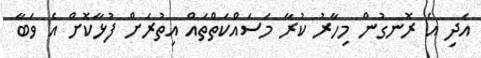
އަދި އެ ރޮނގުން މިހާރު ކުރާ މަސައްކަތްތައް އިތުރަށް ފުޅާކޮށް އެ ވަބާ